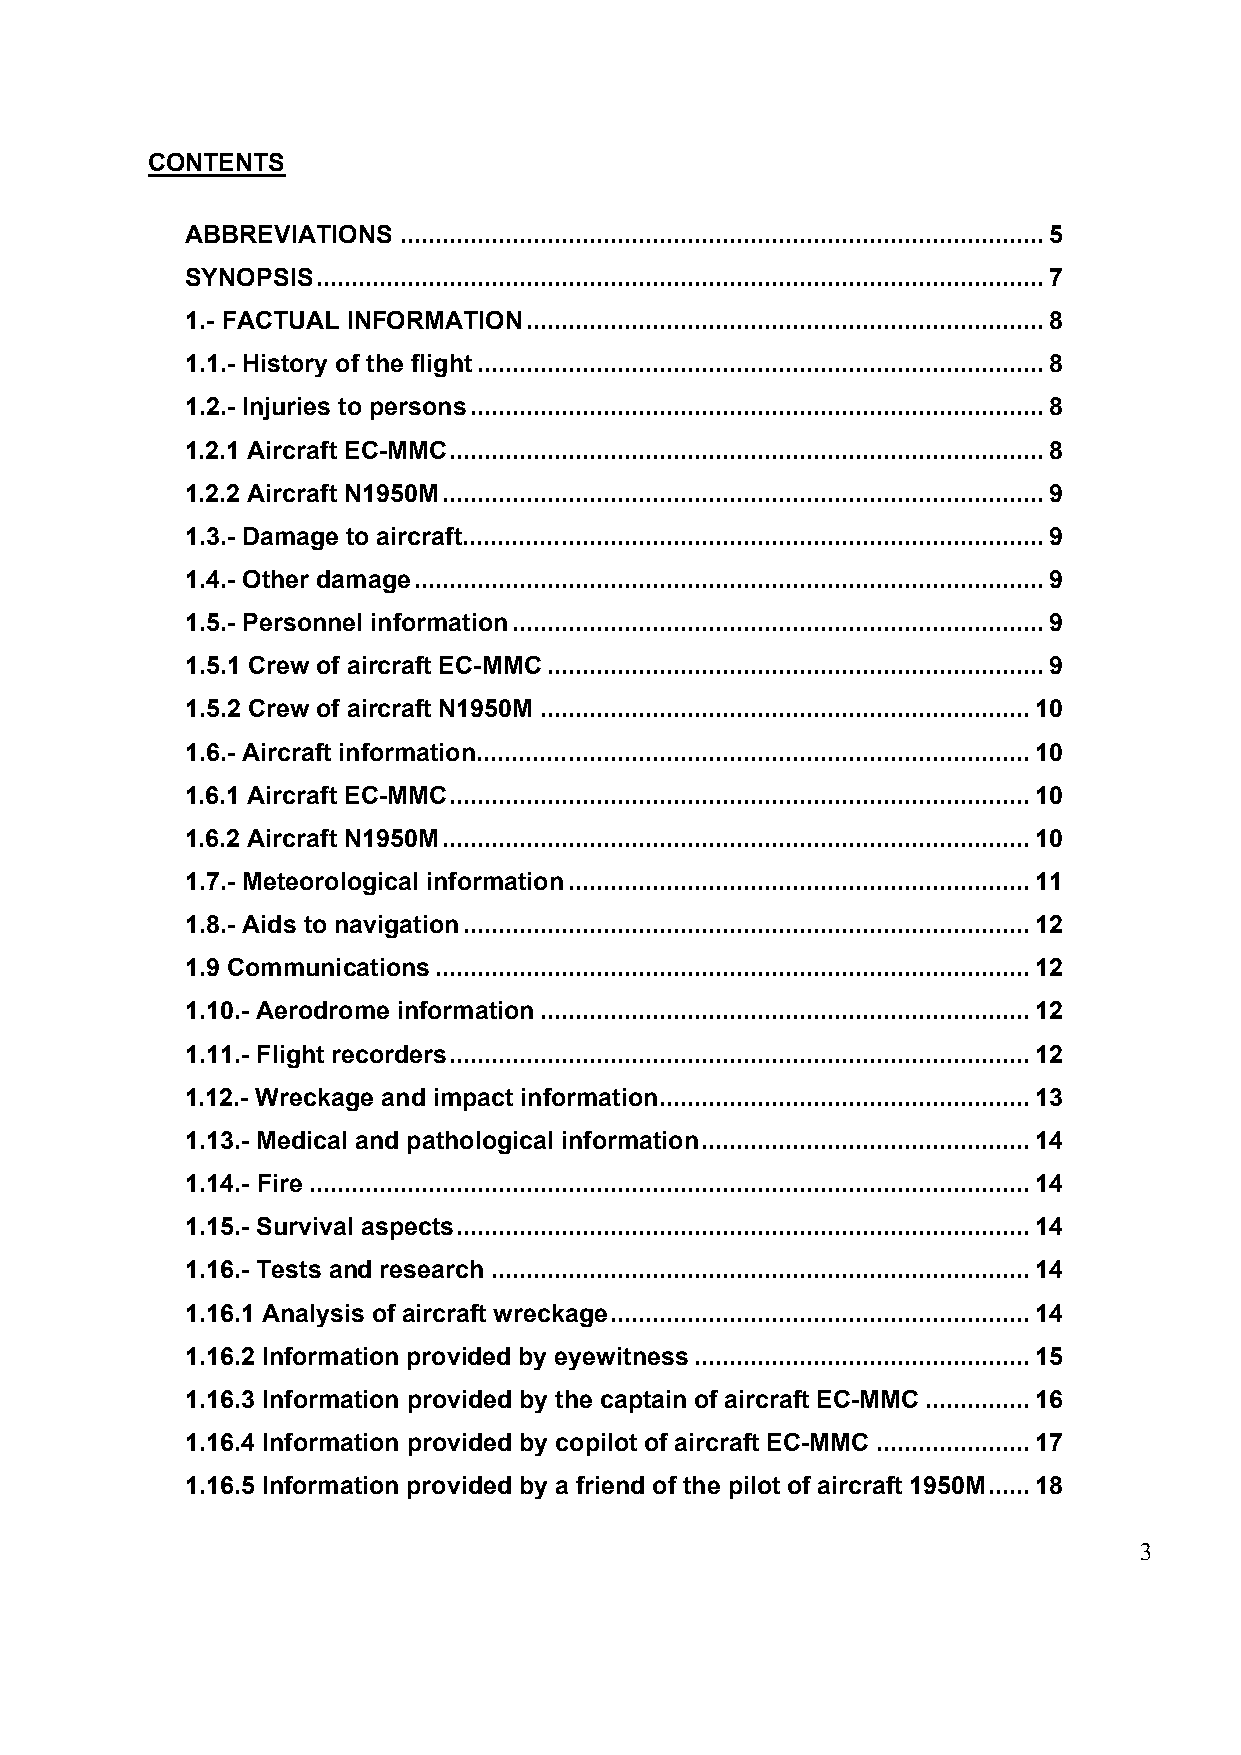
CONTENTS
 ABBREVIATIONS ............................................................................................ 5
 SYNOPSIS ........................................................................................................ 7
 1.- FACTUAL INFORMATION .......................................................................... 8
 1.1.- History of the flight ................................................................................. 8
 1.2.- Injuries to persons .................................................................................. 8
 1.2.1 Aircraft EC-MMC ..................................................................................... 8
 1.2.2 Aircraft N1950M ...................................................................................... 9
 1.3.- Damage to aircraft ................................................................................... 9
 1.4.- Other damage .......................................................................................... 9
 1.5.- Personnel information ............................................................................ 9
 1.5.1 Crew of aircraft EC-MMC ....................................................................... 9
 1.5.2 Crew of aircraft N1950M ...................................................................... 10
 1.6.- Aircraft information ............................................................................... 10
 1.6.1 Aircraft EC-MMC ................................................................................... 10
 1.6.2 Aircraft N1950M .................................................................................... 10
 1.7.- Meteorological information .................................................................. 11
 1.8.- Aids to navigation ................................................................................. 12
 1.9 Communications ..................................................................................... 12
 1.10.- Aerodrome information ...................................................................... 12
 1.11.- Flight recorders ................................................................................... 12
 1.12.- Wreckage and impact information ..................................................... 13
 1.13.- Medical and pathological information ............................................... 14
 1.14.- Fire ....................................................................................................... 14
 1.15.- Survival aspects .................................................................................. 14
 1.16.- Tests and research ............................................................................. 14
 1.16.1 Analysis of aircraft wreckage ............................................................ 14
 1.16.2 Information provided by eyewitness ................................................ 15
 1.16.3 Information provided by the captain of aircraft EC-MMC ............... 16
 1.16.4 Information provided by copilot of aircraft EC-MMC ...................... 17
 1.16.5 Information provided by a friend of the pilot of aircraft 1950M ...... 18
 3